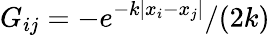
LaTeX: G_{ij}=-e^{-k|x_{i}-x_{j}|}/(2k)